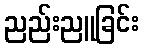
ညည်းညူခြင်း